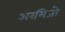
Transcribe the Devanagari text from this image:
अरमिजो